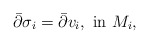
\begin{align*}\bar{\partial}\sigma_i=\bar{\partial}v_i, ~{\rm in}~ M_{i}, \end{align*}